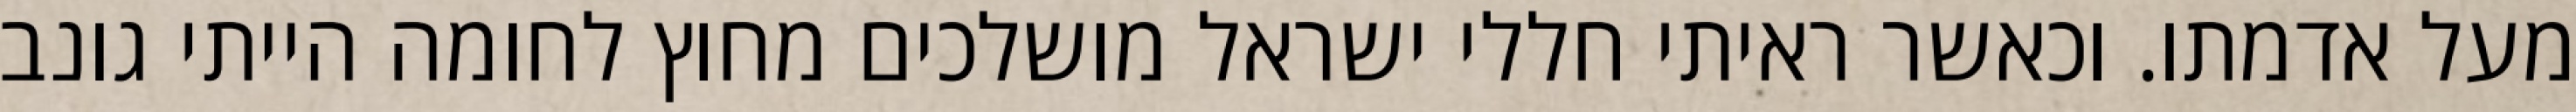
מעל אדמתו. וכאשר ראיתי חללי ישראל מושלכים מחוץ לחומה הייתי גונב